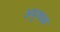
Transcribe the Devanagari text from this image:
अपृथक